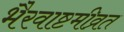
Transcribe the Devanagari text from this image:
भैरवाष्टमीव्रत